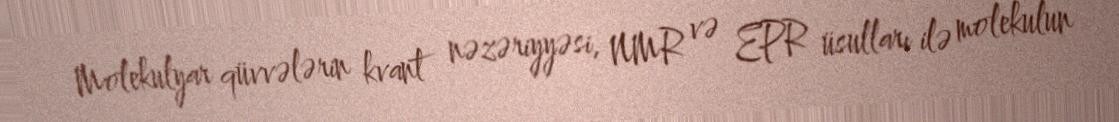
Molekulyar qüvvələrin kvant nəzəriyyəsi, NMR və EPR üsulları ilə molekulun